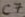
Text: C7